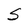
Character: s